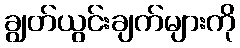
ချွတ်ယွင်းချက်များကို